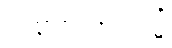
သမ္မုခါဝိနယသ္မိံ